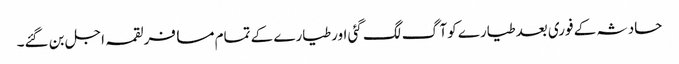
حادثہ کے فوری بعدطیارے کوآگ لگ گئی اورطیارے کے تمام مسافرلقمہ اجل بن گئے۔